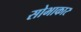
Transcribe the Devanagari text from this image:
सोभाकार